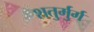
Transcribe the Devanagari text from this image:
शतुर्मुर्ग